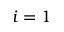
i = 1